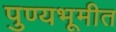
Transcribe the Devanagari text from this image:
पुण्यभूमीत